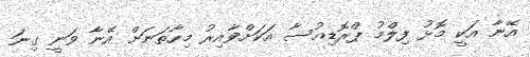
އޭނާ އަކީ މޮޅު ފިލްމު ޕްރޮޑިއުސާ އަކަށްވާއިރު މިހާތަނަށް އޭނާ ވަނީ ގިނަ